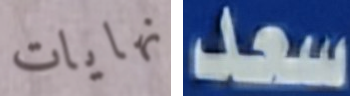
نهايات سعد